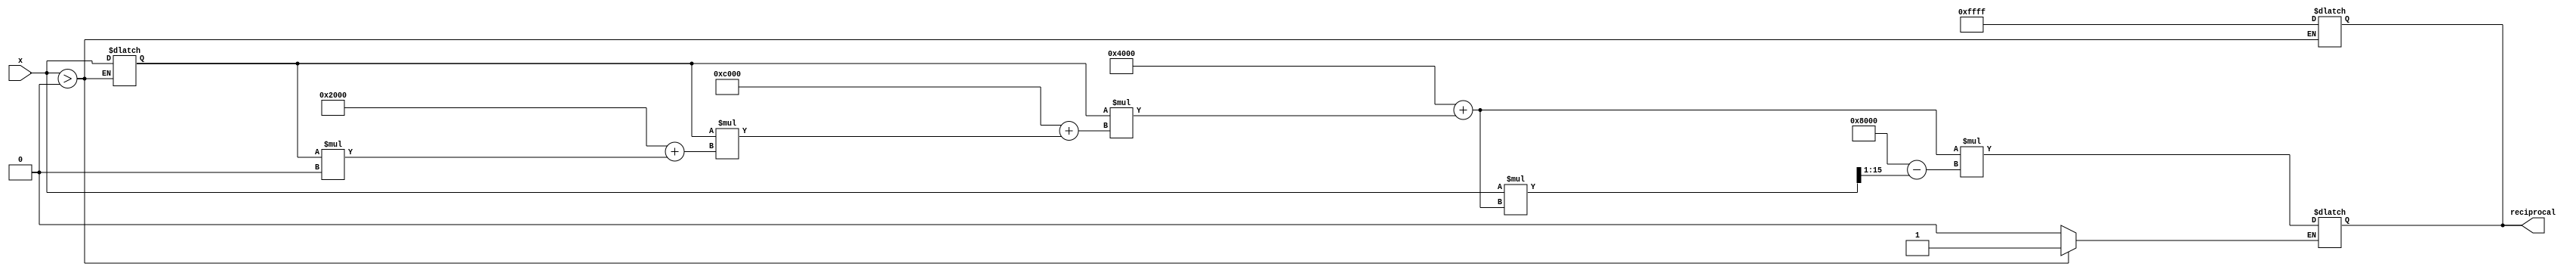
module PolynomialApproximationReciprocal (
    input wire [15:0] x,          // Input x (fixed-point, 0 to 1)
    output reg [15:0] reciprocal   // Output reciprocal (fixed-point)
);

    // Define coefficients for the polynomial approximation
    // Example coefficients for a simple polynomial approximation
    parameter c0 = 16'h4000;  // 1.0 in fixed-point
    parameter c1 = 16'hC000;  // -2.0 in fixed-point
    parameter c2 = 16'h2000;  // 0.5 in fixed-point
    parameter c3 = 16'h0000;  // 0.0 in fixed-point (can add more terms as needed)

    // Define an error value for out of range input
    parameter ERROR_VALUE = 16'hFFFF; // Example error value

    // Internal signals
    reg [15:0] x_transformed; // Transformed input for polynomial evaluation
    reg [15:0] poly_result;   // Result of polynomial evaluation
    reg [15:0] approx;        // Initial approximation of reciprocal
    reg valid_input;          // Flag for valid input

    // Check input range and transform input
    always @(*) begin
        if (x > 0) begin
            valid_input = 1'b1;
            // Example transformation: Scale x to [0, 1] range if necessary
            x_transformed = x; // Assuming x is already in the range [0, 1]
        end else begin
            valid_input = 1'b0;
            reciprocal = ERROR_VALUE; // Set error value if input is out of range
        end
    end

    // Polynomial evaluation using Horner's method
    always @(*) begin
        if (valid_input) begin
            // Horner's method for polynomial evaluation
            poly_result = c0 + (x_transformed * (c1 + (x_transformed * (c2 + (x_transformed * c3)))));
            
            // Optional iterative refinement (Newton-Raphson method)
            approx = poly_result; // Initial approximation

            // Example of one iteration of Newton-Raphson
            // x_new = x_old * (2 - x * x_old)
            // Here, we assume that poly_result is our initial guess for 1/x
            approx = approx * (16'h8000 - (x * approx >> 1)); // 16'h8000 is 2 in fixed-point

            reciprocal = approx; // Final computed reciprocal
        end
    end

endmodule